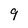
Character: 9